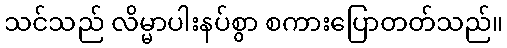
သင်သည် လိမ္မာပါးနပ်စွာ စကားပြောတတ်သည်။